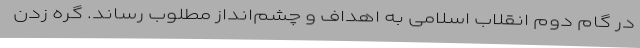
در گام دوم انقلاب اسلامی به اهداف و چشم‌انداز مطلوب رساند. گره زدن